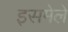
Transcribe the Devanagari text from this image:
इसमेले